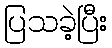
ပြသခဲ့ပြီး